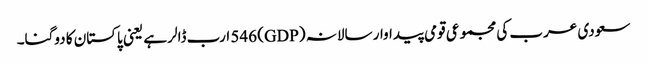
سعودی عرب کی مجموعی قومی پیداوار سالانہ (GDP) 546 ارب ڈالر ہے یعنی پاکستان کا دوگنا۔